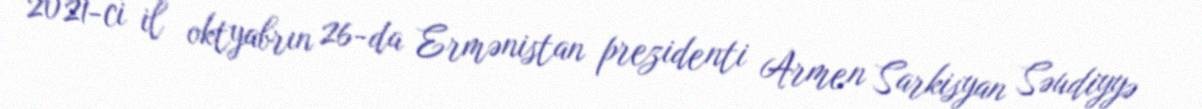
2021-ci il oktyabrın 26-da Ermənistan prezidenti Armen Sarkisyan Səudiyyə